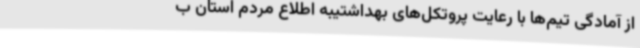
از آمادگی تیم‌ها با رعایت پروتکل‌های بهداشتیبه اطلاع مردم استان ب